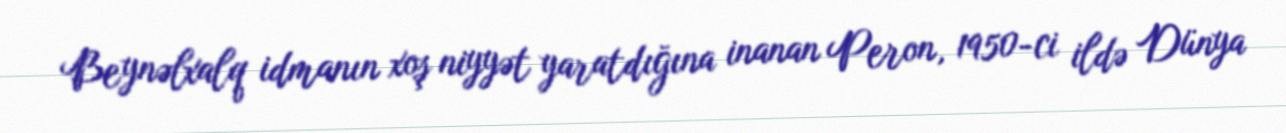
Beynəlxalq idmanın xoş niyyət yaratdığına inanan Peron, 1950-ci ildə Dünya